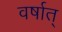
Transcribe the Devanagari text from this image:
वर्षात्